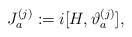
LaTeX: \begin{align*}J_a^{(j)}:=i[H,\vartheta_a^{(j)}],\end{align*}